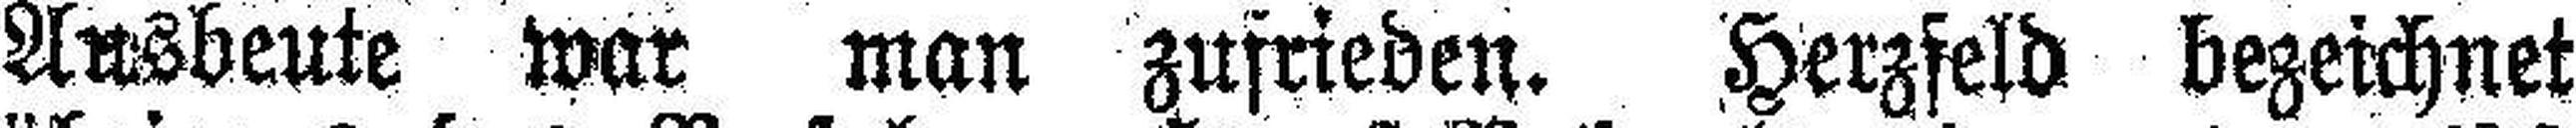
Ausbeute war man zufrieden. Herzseld bezeichnet